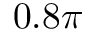
0 . 8 \pi